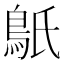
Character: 䲬